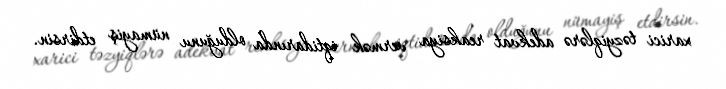
xarici təzyiqlərə adekvat reaksiya vermək iqtidarında olduğunu nümayiş etdirsin.